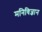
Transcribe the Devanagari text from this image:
मनिविज्ञान